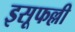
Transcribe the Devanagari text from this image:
इसूफल्ली